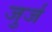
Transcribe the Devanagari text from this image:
जुर्ज